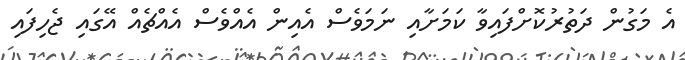
އެ މަގުން ދަތުރުކޮށްފައިވާ ކަމަށާއި ނަމަވެސް އެއިން އެއްވެސް އެއްޗެއް އޭގައި ޖެހިފައި